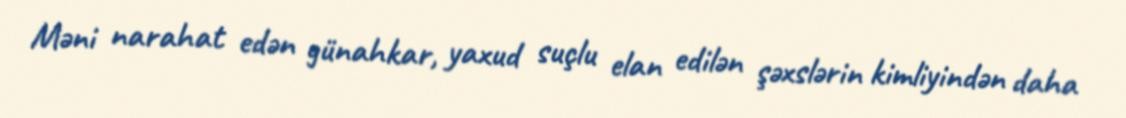
Məni narahat edən günahkar, yaxud suçlu elan edilən şəxslərin kimliyindən daha